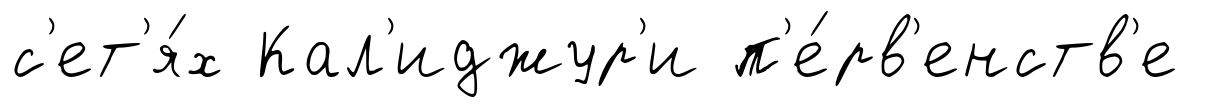
с'ет'я́х Кал'иджур'и п'е́рв'енств'е